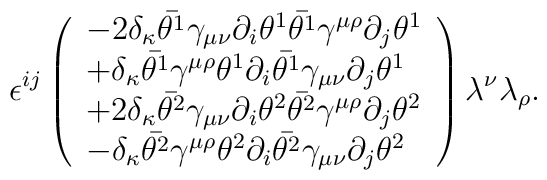
\epsilon ^{ij}\left( \begin{array}{l}-2\delta _\kappa \bar{\theta ^1}\gamma _{\mu \nu }\partial _i\theta ^1\bar{\theta ^1}\gamma ^{\mu \rho }\partial _j\theta ^1 \\ +\delta _\kappa \bar{\theta ^1}\gamma ^{\mu \rho }\theta ^1\partial _i\bar{\theta ^1}\gamma _{\mu \nu }\partial _j\theta ^1 \\ +2\delta _\kappa \bar{\theta ^2}\gamma _{\mu \nu }\partial _i\theta ^2\bar{\theta ^2}\gamma ^{\mu \rho }\partial _j\theta ^2 \\ -\delta _\kappa \bar{\theta ^2}\gamma ^{\mu \rho }\theta ^2\partial _i\bar{\theta ^2}\gamma _{\mu \nu }\partial _j\theta ^2\end{array}\right) \lambda ^\nu \lambda _\rho .